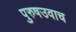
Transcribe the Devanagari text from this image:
पुरुषउवाच